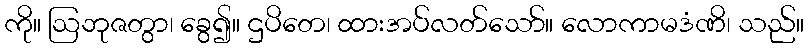
ကို။ ဩဘုဇတွာ၊ ခွေ၍။ ဌပိတေ၊ ထားအပ်လတ်သော်။ လောကာမဒံဏိ၊ သည်။